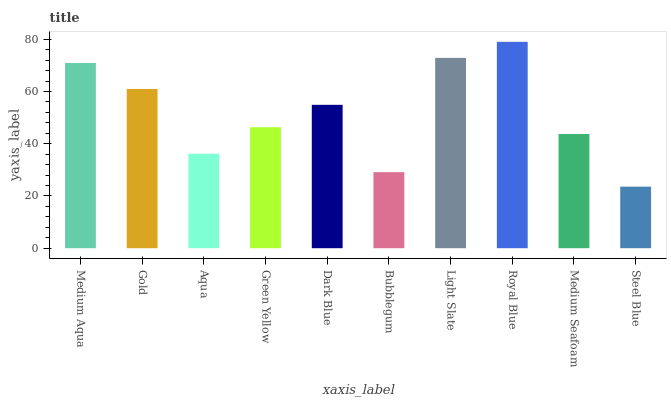
| xaxis_label | bars |
 | --- | --- |
 | Medium Aqua | 70.9 |
 | Gold | 61 |
 | Aqua | 36.2 |
 | Green Yellow | 46.3 |
 | Dark Blue | 54.9 |
 | Bubblegum | 29.1 |
 | Light Slate | 72.9 |
 | Royal Blue | 79 |
 | Medium Seafoam | 43.7 |
 | Steel Blue | 23.6 |